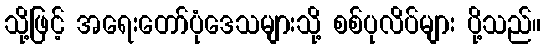
သို့ဖြင့် အရေးတော်ပုံဒေသများသို့ စစ်ပုလိပ်များ ပို့သည်။